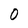
Character: 0